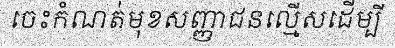
ចេះកំណត់មុខសញ្ញាជនល្មើសដើម្បី